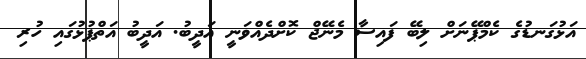
އަޅުގަނޑުގެ ކެމްޕޭނަށް ލިބޭ ފައިސާ މެނޭޖް ކޮށްދެއްވަނީ އަދީބު. އަދީބު އަތްޕުޅުގައި ހުރި